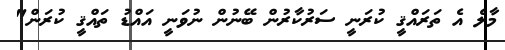
މާލެ އެ ތަރައްޤީ ކުރަނީ ސަރުކާރުން ބޭނުން ނުވަނީ އައްޑު ތައްޤީ ކުރަން"